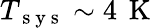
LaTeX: T_{\mathrm{~s~y~s~}}\sim 4\, \mathrm{~K~}